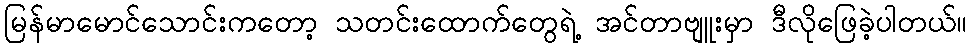
မြန်မာမောင်သောင်းကတော့ သတင်းထောက်တွေရဲ့ အင်တာဗျူးမှာ ဒီလိုဖြေခဲ့ပါတယ်။